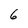
Character: 6